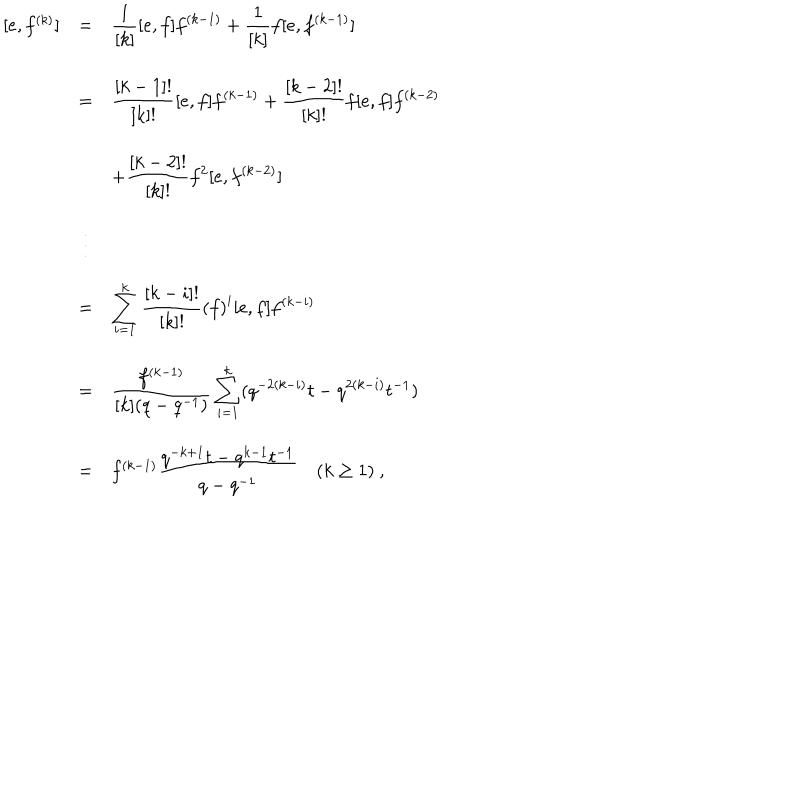
\begin{array} { r c l } { { [ e , f ^ { ( k ) } ] } } & { { = } } & { { \displaystyle \frac { 1 } { [ k ] } [ e , f ] f ^ { ( k - 1 ) } + \frac { 1 } { [ k ] } f [ e , f ^ { ( k - 1 ) } ] } } \\ { { } } & { { = } } & { { \displaystyle \frac { [ k - 1 ] ! } { [ k ] ! } [ e , f ] f ^ { ( k - 1 ) } + \frac { [ k - 2 ] ! } { [ k ] ! } f [ e , f ] f ^ { ( k - 2 ) } } } \\ { { } } & { { } } & { { \displaystyle + \frac { [ k - 2 ] ! } { [ k ] ! } f ^ { 2 } [ e , f ^ { ( k - 2 ) } ] } } \\ { { } } & { { \vdots } } & { { } } \\ { { } } & { { = } } & { { \displaystyle \sum _ { i = 1 } ^ { k } \frac { [ k - i ] ! } { [ k ] ! } \left( f \right) ^ { i } [ e , f ] f ^ { ( k - i ) } } } \\ { { } } & { { = } } & { { \displaystyle \frac { f ^ { ( k - 1 ) } } { [ k ] ( q - q ^ { - 1 } ) } \sum _ { i = 1 } ^ { k } ( q ^ { - 2 ( k - i ) } t - q ^ { 2 ( k - i ) } t ^ { - 1 } ) } } \\ { { } } & { { = } } & { { f ^ { ( k - 1 ) } \displaystyle \frac { q ^ { - k + 1 } t - q ^ { k - 1 } t ^ { - 1 } } { q - q ^ { - 1 } } ~ ( k \geq 1 ) ~ , } } \\ \end{array}